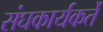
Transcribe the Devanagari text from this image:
संघकार्यकर्ते